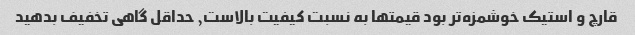
قارچ و استیک خوشمزه‌تر بود قیمتها به نسبت کیفیت بالاست, حداقل گاهی تخفیف بدهید